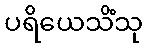
ပရိယေသိံသု